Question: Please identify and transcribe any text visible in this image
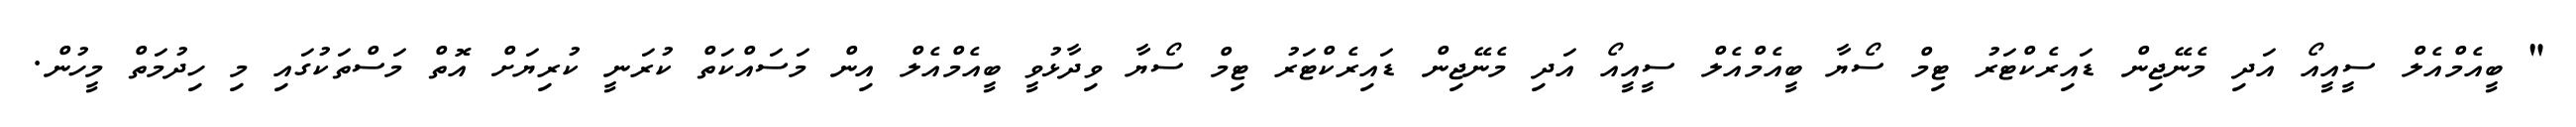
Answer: " ބީއެމްއެލް ސީއީއޯ އަދި މެނޭޖިން ޑައިރެކްޓަރު ޓިމް ސޯޔާ ބީއެމްއެލް ސީއީއޯ އަދި މެނޭޖިން ޑައިރެކްޓަރު ޓިމް ސޯޔާ ވިދާޅުވީ ބީއެމްއެލް އިން މަސައްކަތް ކުރަނީ ކުރިޔަށް އޮތް މަސްތަކުގައި މި ހިދުމަތް މީހުން.